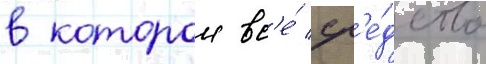
в которои вс'е́ ср'е́дства